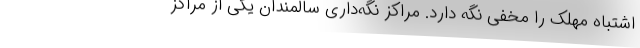
اشتباه مهلک را مخفی نگه دارد. مراکز نگه‌داری سالمندان یکی از مراکز